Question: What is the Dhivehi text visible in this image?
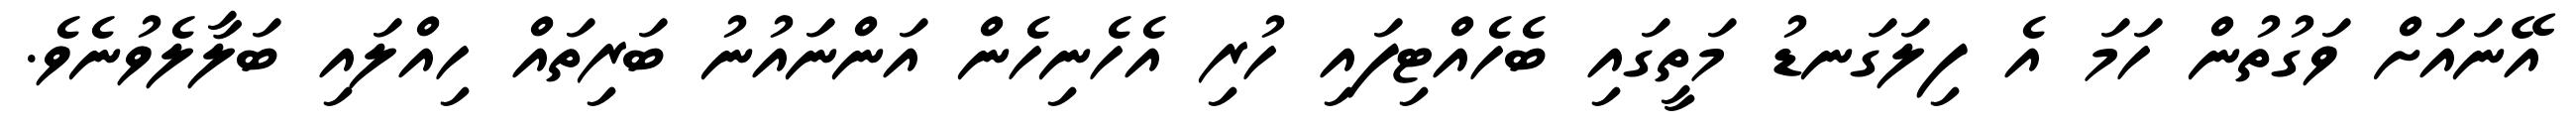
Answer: އޭނައަށް ވަގުތުން ހަމަ އެ ފިލަގަނޑު މަތީގައި ބެހެއްޓިފައި ހުރި އެހެނިހެން އަންނައުނު ބަރިތައް ހިއްލައި ބަލާލެވުނެވެ.